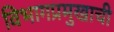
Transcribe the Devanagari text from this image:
विभागप्रमुखाची